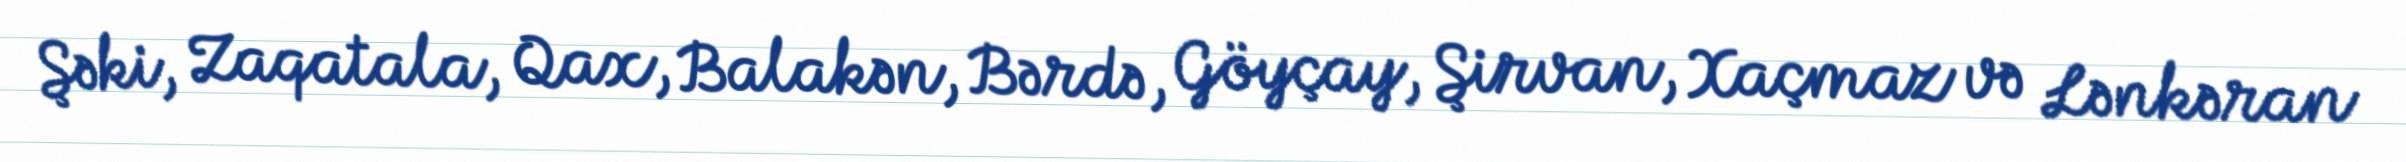
Şəki, Zaqatala, Qax, Balakən, Bərdə, Göyçay, Şirvan, Xaçmaz və Lənkəran